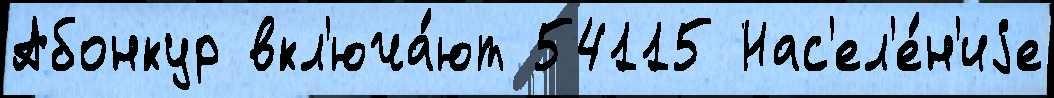
Абонкур вкл'юча́ют 54115 Нас'ел'е́н'иjе